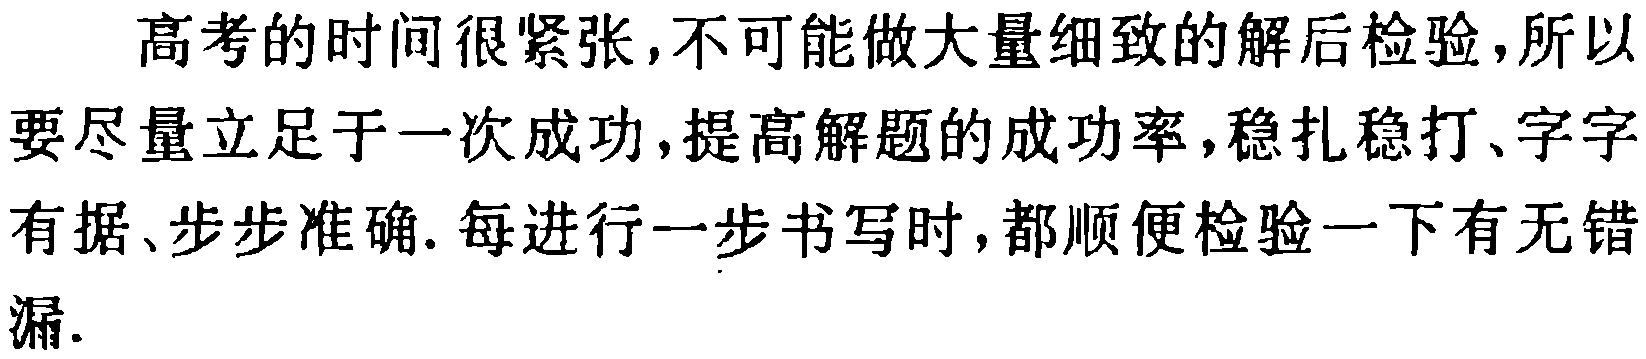
高考的时间很紧张,不可能做大量细致的解后检验,所以要尽量立足于一次成功,提高解题的成功率,稳扎稳打、字字有据、步步准确. 每进行一步书写时,都顺便检验一下有无错漏.